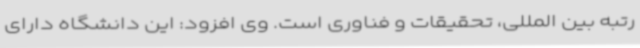
رتبه بین المللی، تحقیقات و فناوری است. وی افزود: این دانشگاه دارای